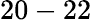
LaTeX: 20-22